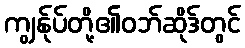
ကျွန်ုပ်တို့၏ဝဘ်ဆိုဒ်တွင်